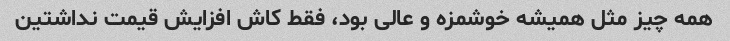
همه چیز مثل همیشه خوشمزه و عالی بود، فقط کاش افزایش قیمت نداشتین